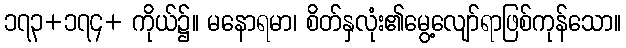
၁၇၃+၁၇၄+ ကိုယ်၌။ မနောရမာ၊ စိတ်နှလုံး၏မွေ့လျော်ရာဖြစ်ကုန်သော။